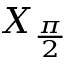
X _ { \frac { \pi } { 2 } }